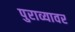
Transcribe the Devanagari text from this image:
पुराव्यावर